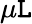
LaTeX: \mu\mathtt{L}